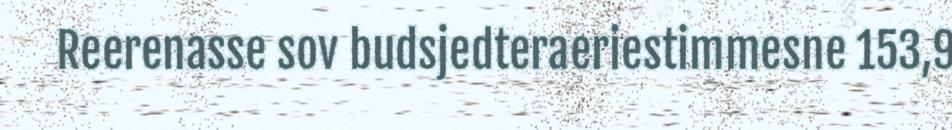
Reerenasse sov budsjedteraeriestimmesne 153,9